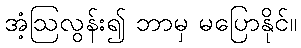
အံ့ဩလွန်း၍ ဘာမှ မပြောနိုင်။